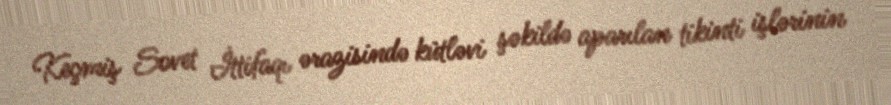
Keçmiş Sovet İttifaqı ərazisində kütləvi şəkildə aparılan tikinti işlərinin